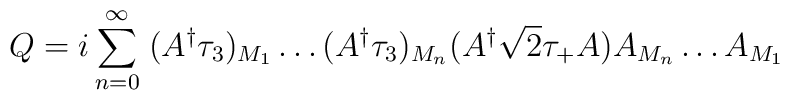
Q  =  i \sum_{n=0}^{\infty} \; (A^{\dagger}\tau_{3})_{M_{1}} \ldots (A^{\dagger}\tau_{3})_{M_{n}}(A^{\dagger} {\sqrt 2}\tau_{+}A)A_{M_{n}} \ldots A_{M_{1}}